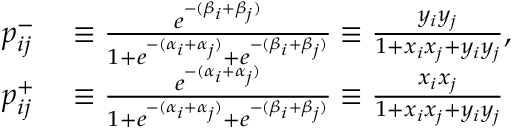
\begin{array} { r l } { p _ { i j } ^ { - } } & { { } \equiv \frac { e ^ { - ( \beta _ { i } + \beta _ { j } ) } } { 1 + e ^ { - ( \alpha _ { i } + \alpha _ { j } ) } + e ^ { - ( \beta _ { i } + \beta _ { j } ) } } \equiv \frac { y _ { i } y _ { j } } { 1 + x _ { i } x _ { j } + y _ { i } y _ { j } } , } \\ { p _ { i j } ^ { + } } & { { } \equiv \frac { e ^ { - ( \alpha _ { i } + \alpha _ { j } ) } } { 1 + e ^ { - ( \alpha _ { i } + \alpha _ { j } ) } + e ^ { - ( \beta _ { i } + \beta _ { j } ) } } \equiv \frac { x _ { i } x _ { j } } { 1 + x _ { i } x _ { j } + y _ { i } y _ { j } } } \end{array}